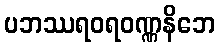
ပဘဿရဝရဝဏ္ဏနိဘေ